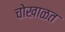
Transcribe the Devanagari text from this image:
चोखाळत